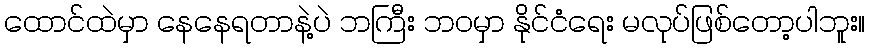
ထောင်ထဲမှာ နေနေရတာနဲ့ပဲ ဘကြီး ဘဝမှာ နိုင်ငံရေး မလုပ်ဖြစ်တော့ပါဘူး။